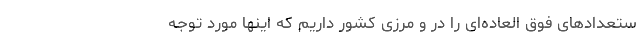
ستعدادهای فوق العاده‌ای را در و مرزی کشور داریم که اینها مورد توجه